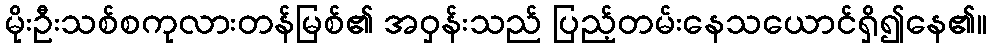
မိုးဦးသစ်စကုလားတန်မြစ်၏ အဝှန်းသည် ပြည့်တမ်းနေသယောင်ရှိ၍နေ၏။